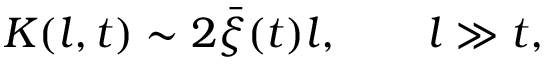
K ( l , t ) \sim 2 \bar { \xi } ( t ) l , \qquad l \gg t ,